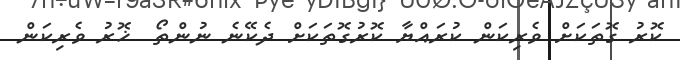
ކޮރު ގޮތަކަށް ވެރިކަން ކުރައްޔާ ކޮރުގޮތަކަށް ދެކޭނެ ނުންތޯ  ޚޮރު ވެރިކަން